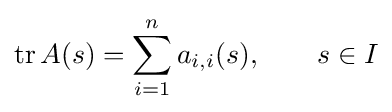
\operatorname {tr} A(s)=\sum _{i=1}^{n}a_{i,i}(s),\qquad s\in I